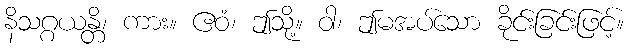
နိသဂ္ဂယန္တိ၊ ကား။ ဧဝံ၊ ဤသို့။ ဝါ၊ ဤမအပ်သော ခိုင်းခြင်းဖြင့်။